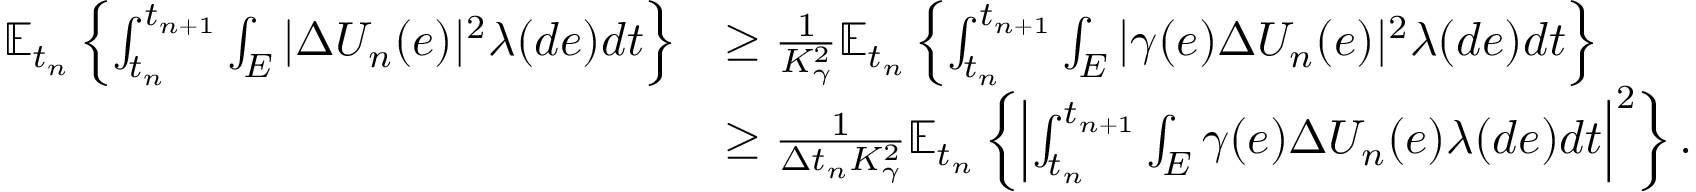
\begin{array} { r l } { \mathbb { E } _ { t _ { n } } \left\{ \int _ { t _ { n } } ^ { t _ { n + 1 } } \int _ { E } | \Delta U _ { n } ( e ) | ^ { 2 } \lambda ( d e ) d t \right\} } & { \geq \frac { 1 } { K _ { \gamma } ^ { 2 } } \mathbb { E } _ { t _ { n } } \left\{ \int _ { t _ { n } } ^ { t _ { n + 1 } } \int _ { E } | \gamma ( e ) \Delta U _ { n } ( e ) | ^ { 2 } \lambda ( d e ) d t \right\} } \\ & { \geq \frac { 1 } { \Delta t _ { n } K _ { \gamma } ^ { 2 } } \mathbb { E } _ { t _ { n } } \left\{ \left| \int _ { t _ { n } } ^ { t _ { n + 1 } } \int _ { E } \gamma ( e ) \Delta U _ { n } ( e ) \lambda ( d e ) d t \right| ^ { 2 } \right\} . } \end{array}